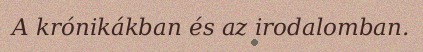
A krónikákban és az irodalomban.